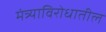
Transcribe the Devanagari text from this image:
मंत्र्याविरोधातील